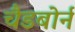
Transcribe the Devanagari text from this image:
चैडबोर्न